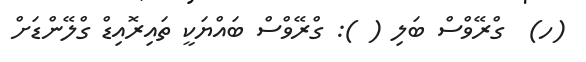
(ހ)  ގްރޭވްސް ބަލި ( ): ގްރޭވްސް ބައްޔަކީ ތައިރޮއިޑް ގްލޭންޑަށް